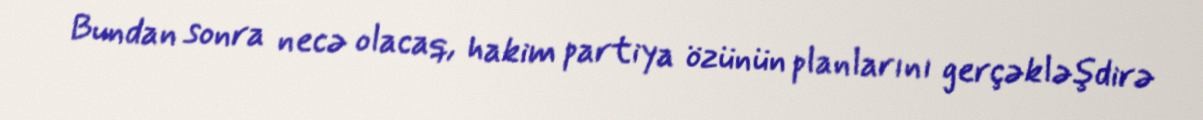
Bundan sonra necə olacaq, hakim partiya özünün planlarını gerçəkləşdirə